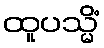
ထူပသ္မိံ